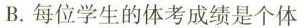
B.每位学生的体考成绩是个体